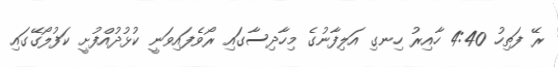
ރޭ ފަތިހު 4:40 ހާއިރު ހިނގި އަލިފާނުގެ މިހާދިސާގައި ރޯވެފައިވަނީ ކުޅުދުއްފުށީ ކަފުލޯގޭގައި